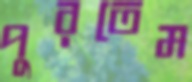
পুরতেম